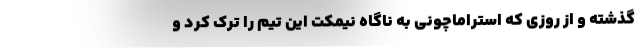
گذشته و از روزی که استراماچونی به ناگاه نیمکت این تیم را ترک کرد و